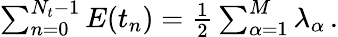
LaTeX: \begin{array}{r}{\sum_{n=0}^{N_{t}-1}E(t_{n})=\frac{1}{2}\sum_{\alpha=1}^{M}\lambda_{\alpha}\, .}\end{array}